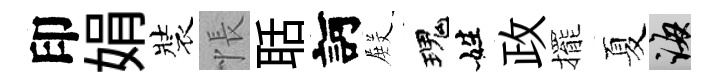
印娟裝悵聒訶𭮺瑰姓政擺夏誨